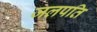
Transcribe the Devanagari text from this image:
जलपति